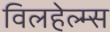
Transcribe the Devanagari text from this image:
विलहेल्म्स